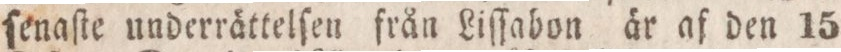
ſenaſte underrättelſen från Liſſabon är af den 15